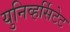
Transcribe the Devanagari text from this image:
युनिव्हर्सिटेट